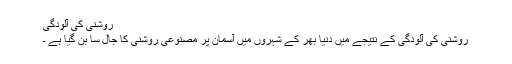
روشنی کی آلودگی
روشنی کی آلودگی کے نتیجے میں دنیا بھر کے شہروں میں آسمان پر مصنوعی روشنی کا جال سا بن گیا ہے ۔